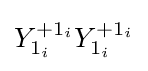
Y_{1_{i}}^{+1_{i}}Y_{1_{i}}^{+1_{i}}